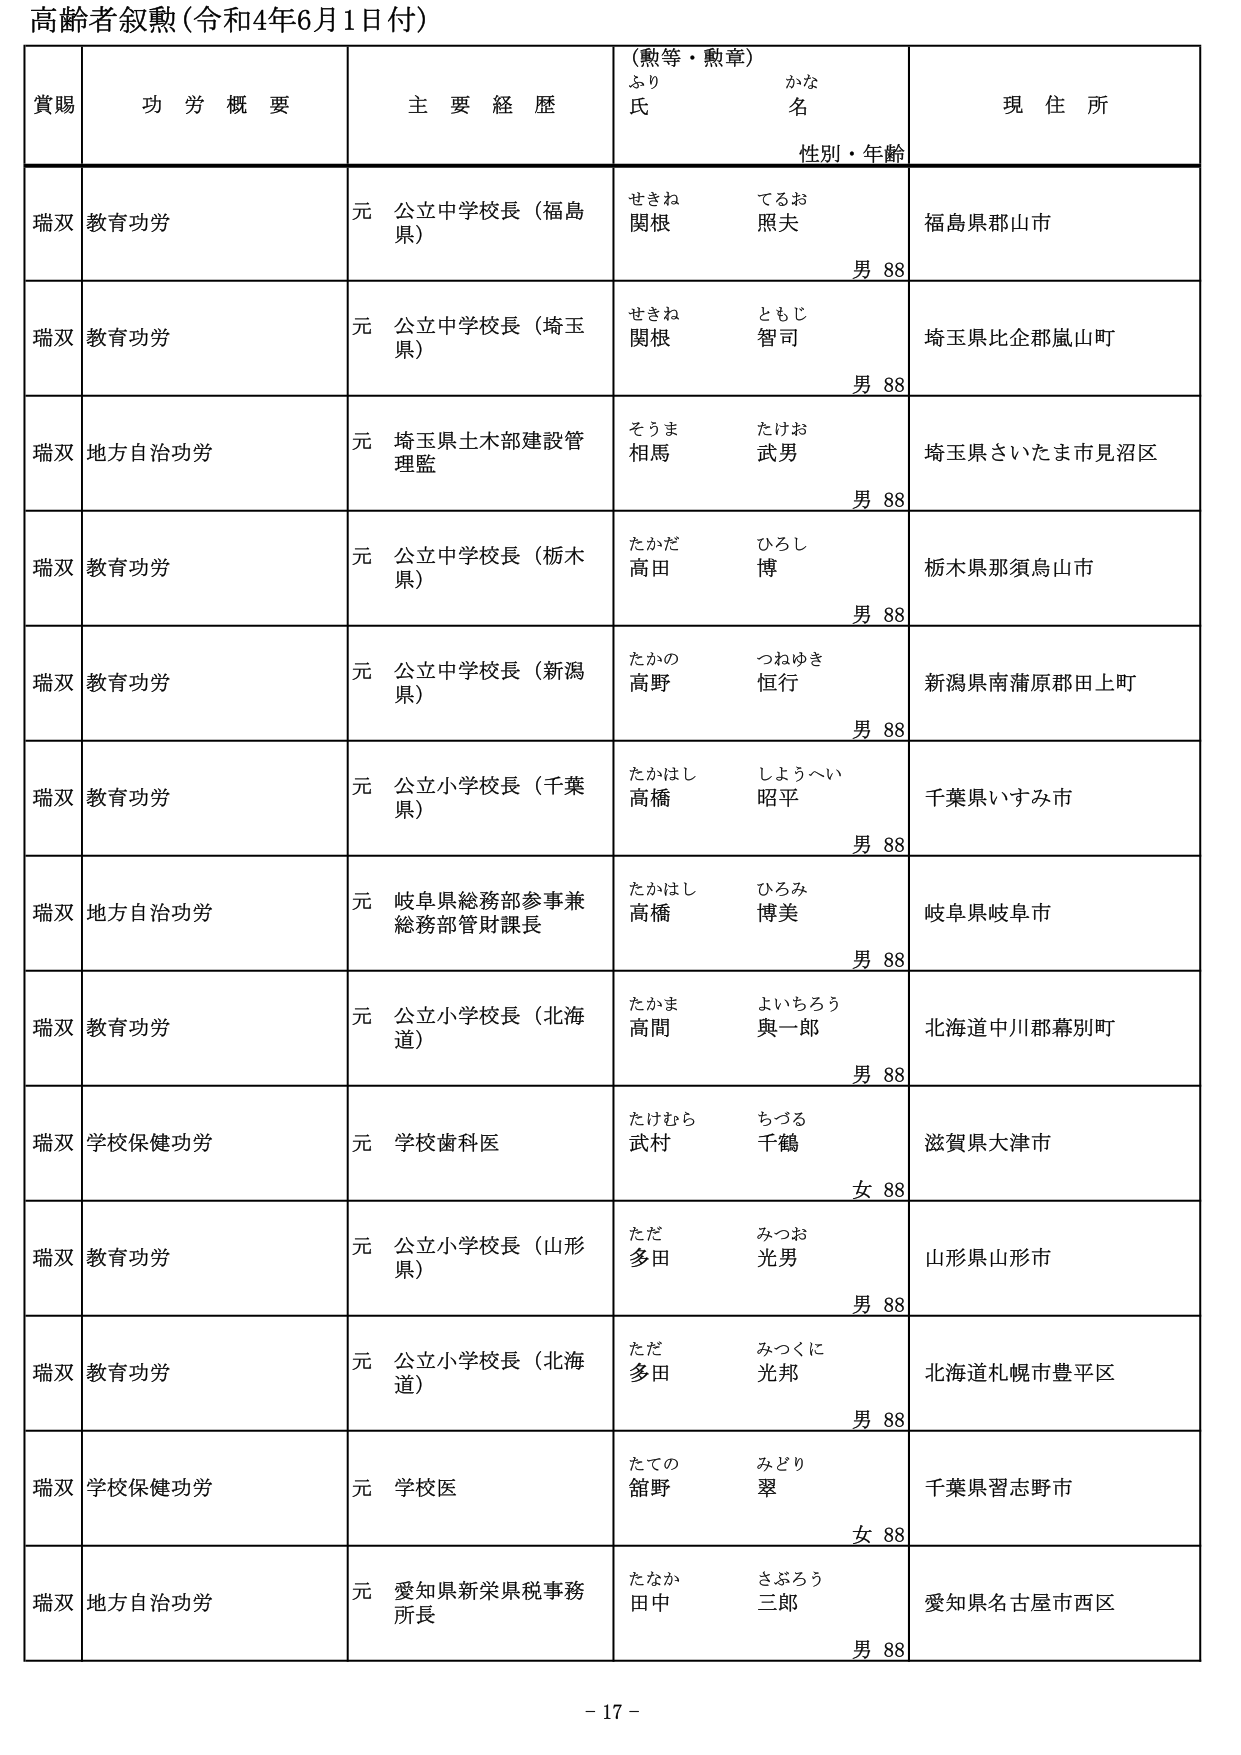
高齢者叙勲（令和4年6月1日付）

賞賜　　功労概要　　主要経歴　　（勲等・勲章）　　現住所
　　　　　　　　　　　　　　ふり　　かな
　　　　　　　　　　　　　　氏　　　名
　　　　　　　　　　　　　　　　性別・年齢

瑞双　教育功労　　元 公立中学校長（福島県）　　せきね　てるお　　福島県郡山市
　　　　　　　　　　　　　　　　　　　　　　　　関根　照夫　　男 88

瑞双　教育功労　　元 公立中学校長（埼玉県）　　せきね　ともじ　　埼玉県比企郡嵐山町
　　　　　　　　　　　　　　　　　　　　　　　　関根　智司　　男 88

瑞双　地方自治功労　　元 埼玉県土木部建設管理監　　そうま　たけお　　埼玉県さいたま市見沼区
　　　　　　　　　　　　　　　　　　　　　　　　相馬　武男　　男 88

瑞双　教育功労　　元 公立中学校長（栃木県）　　たかだ　ひろし　　栃木県那須烏山市
　　　　　　　　　　　　　　　　　　　　　　　　高田　博　　男 88

瑞双　教育功労　　元 公立中学校長（新潟県）　　たかの　つねゆき　　新潟県南蒲原郡田上町
　　　　　　　　　　　　　　　　　　　　　　　　高野　恒行　　男 88

瑞双　教育功労　　元 公立小学校長（千葉県）　　たかはし　しょうへい　　千葉県いすみ市
　　　　　　　　　　　　　　　　　　　　　　　　高橋　昭平　　男 88

瑞双　地方自治功労　　元 岐阜県総務部参事兼総務部管財課長　　たかはし　ひろみ　　岐阜県岐阜市
　　　　　　　　　　　　　　　　　　　　　　　　　　　　　　　　高橋　博美　　男 88

瑞双　教育功労　　元 公立小学校長（北海道）　　たかま　よいちろう　　北海道中川郡幕別町
　　　　　　　　　　　　　　　　　　　　　　　　高間　與一郎　　男 88

瑞双　学校保健功労　　元 学校歯科医　　たけむら　ちづる　　滋賀県大津市
　　　　　　　　　　　　　　　　　　　　　　武村　千鶴　　女 88

瑞双　教育功労　　元 公立小学校長（山形県）　　ただ　みつお　　山形県山形市
　　　　　　　　　　　　　　　　　　　　　　　　多田　光男　　男 88

瑞双　教育功労　　元 公立小学校長（北海道）　　ただ　みつくに　　北海道札幌市豊平区
　　　　　　　　　　　　　　　　　　　　　　　　多田　光邦　　男 88

瑞双　学校保健功労　　元 学校医　　たての　みどり　　千葉県習志野市
　　　　　　　　　　　　　　　　　　　　舘野　翠　　女 88

瑞双　地方自治功労　　元 愛知県新栄県税事務所長　　たなか　さぶろう　　愛知県名古屋市西区
　　　　　　　　　　　　　　　　　　　　　　　　　　田中　三郎　　男 88

- 17 -